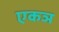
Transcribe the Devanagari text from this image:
एकञ